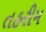
તહરીમ